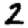
Digit: 2